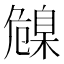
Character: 𦤞